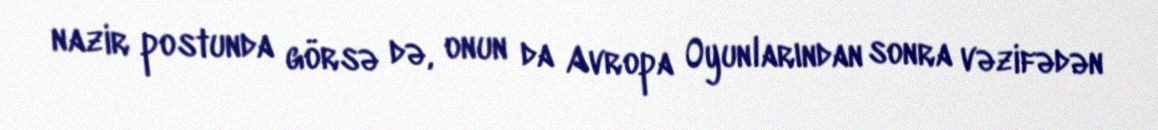
nazir postunda görsə də, onun da Avropa Oyunlarından sonra vəzifədən